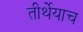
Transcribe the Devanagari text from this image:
तीर्थेयाच